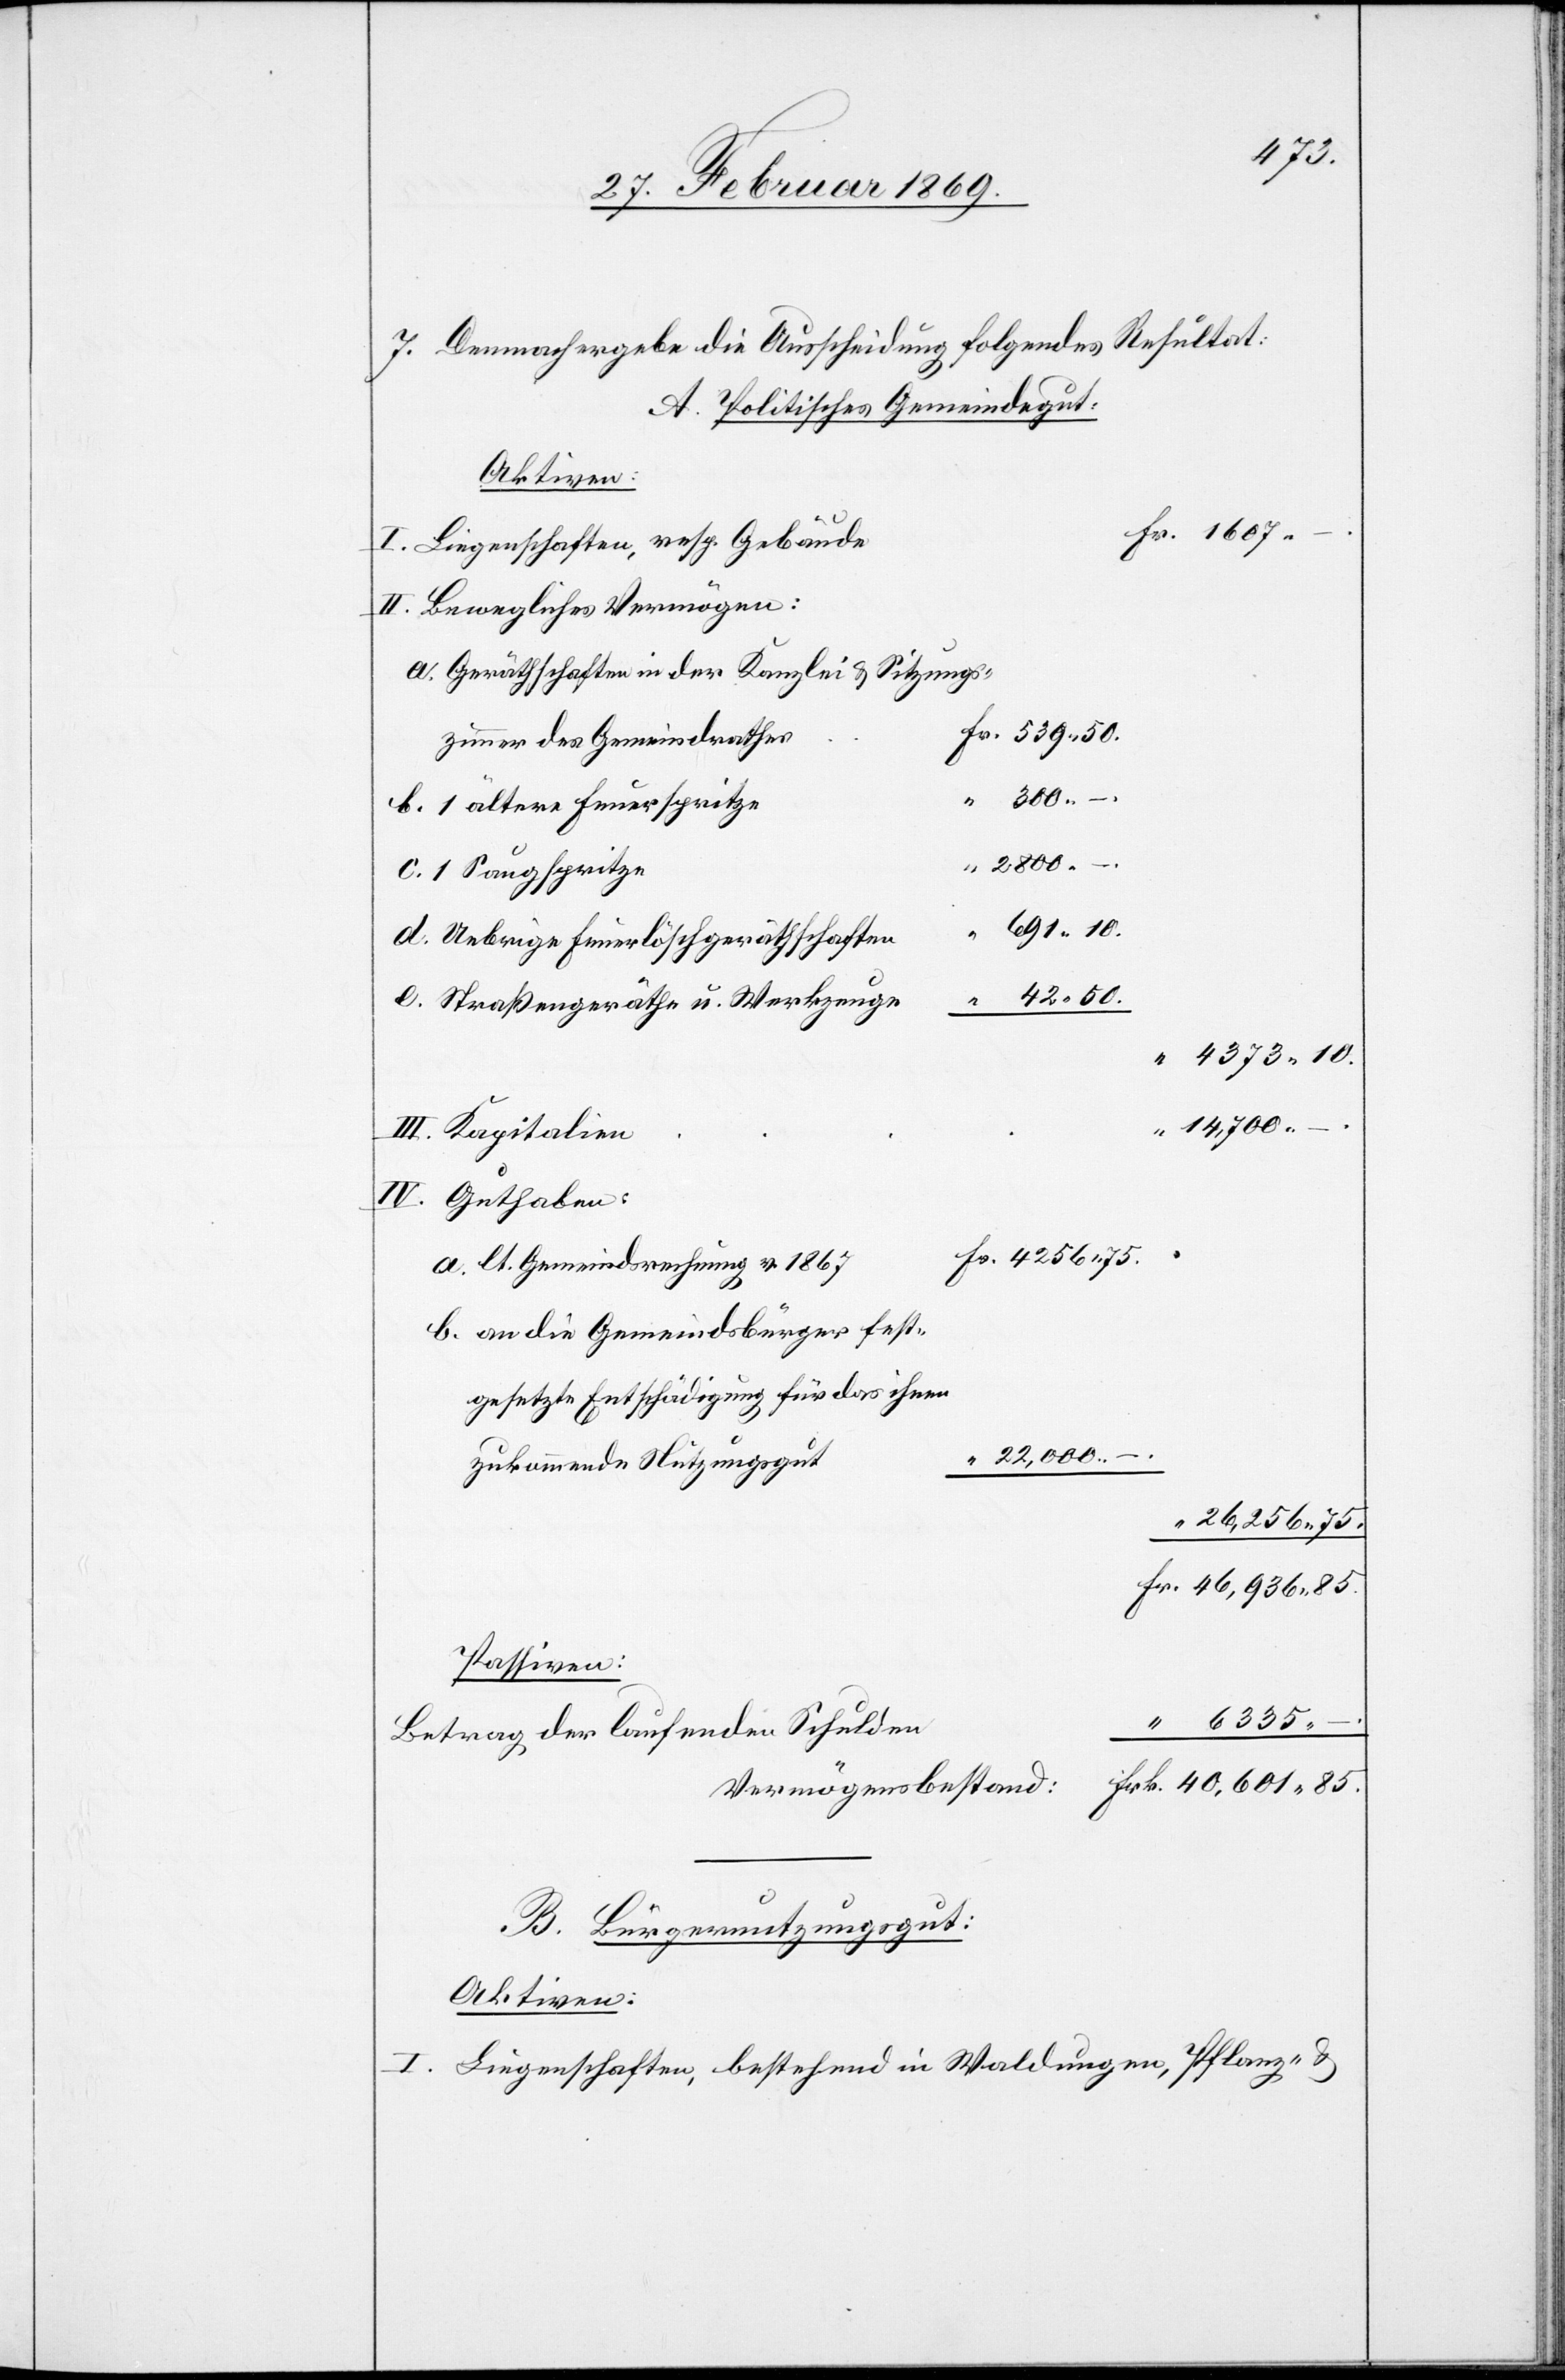
335.
7. Demnach ergebe die Ausscheidung folgendes Resultat:
A. Politisches Gemeindegut:
Aktiven:
Liegenschaften, resp. Gebäude
Bewegliches Vermögen:
Geräthschaften in der Kanzlei & Sitzungs-
zimmer des Gemeindrathes
1 ältere Feuerspritze
ihnen
1 Saugspritze
42.
Uebrige Feuerlöschgeräthschaften
Straßengeräthe u. Werkzeuge
lt. Gemeindsrechnung v. 1867
an die Gemeindsbürger fest¬
Passiven:
Betrag der laufenden Schulden
Vermögensbestand:
B. Bürgernutzungsgut:
Aktiven:
Liegenschaften, bestehend in Waldungen, Pflanz- u.